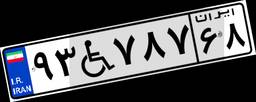
۹۳W۷۸۷۶۸